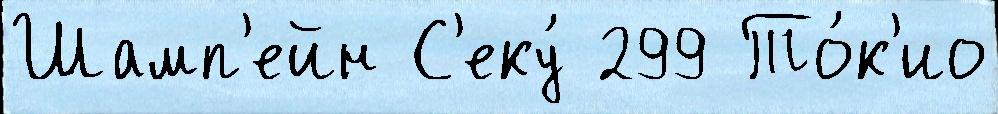
Шамп'ейн С'еку́ 299 То́к'ио